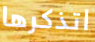
اتذكرها